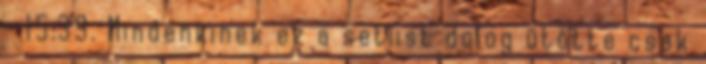
- 15:39. Mindenkinek ez a setlist dolog ütötte csak